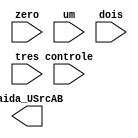
module mux_ALUSrcA (
    input wire [31:0] zero, um, dois, tres,//possveis sada do mux/
    input wire [1:0] controle, // selecionar a sada correta
    output wire [31:0] saida_USrcAB //sada aps a seleo
);
    assign saida_USrcA = (saida_USrcAB == 2'b00) ? zero:
                         (saida_USrcAB == 2'b01) ? um:
                         (saida_USrcAB == 2'b10) ? dois:
                         tres; // no caso de no est nos valores anteriores
endmodule